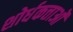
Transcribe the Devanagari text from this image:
शोर्धकत्ताओं